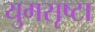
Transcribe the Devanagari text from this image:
युगसृष्टा